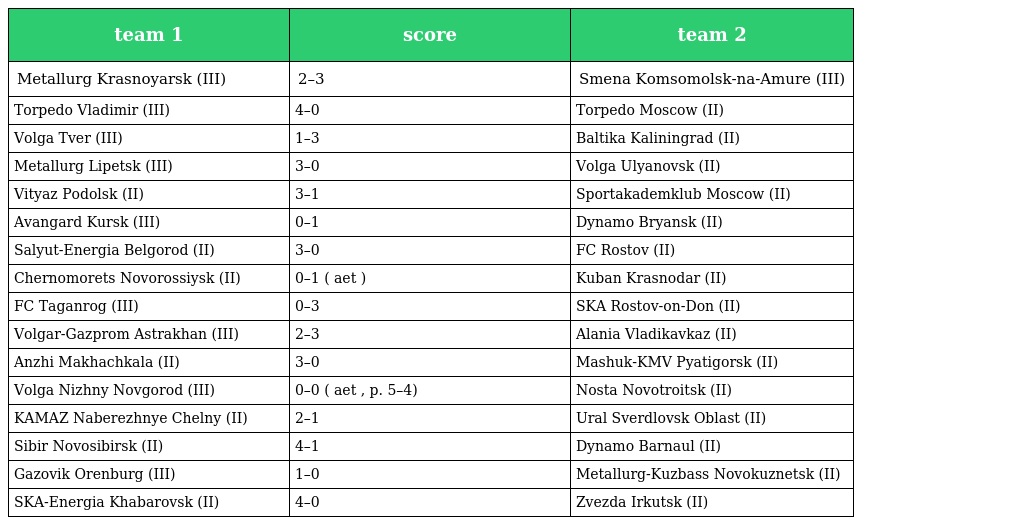
| team 1 | score | team 2 |
 | --- | --- | --- |
 | Metallurg Krasnoyarsk (III) | 2–3 | Smena Komsomolsk-na-Amure (III) |
 | Torpedo Vladimir (III) | 4–0 | Torpedo Moscow (II) |
 | Volga Tver (III) | 1–3 | Baltika Kaliningrad (II) |
 | Metallurg Lipetsk (III) | 3–0 | Volga Ulyanovsk (II) |
 | Vityaz Podolsk (II) | 3–1 | Sportakademklub Moscow (II) |
 | Avangard Kursk (III) | 0–1 | Dynamo Bryansk (II) |
 | Salyut-Energia Belgorod (II) | 3–0 | FC Rostov (II) |
 | Chernomorets Novorossiysk (II) | 0–1 ( aet ) | Kuban Krasnodar (II) |
 | FC Taganrog (III) | 0–3 | SKA Rostov-on-Don (II) |
 | Volgar-Gazprom Astrakhan (III) | 2–3 | Alania Vladikavkaz (II) |
 | Anzhi Makhachkala (II) | 3–0 | Mashuk-KMV Pyatigorsk (II) |
 | Volga Nizhny Novgorod (III) | 0–0 ( aet , p. 5–4) | Nosta Novotroitsk (II) |
 | KAMAZ Naberezhnye Chelny (II) | 2–1 | Ural Sverdlovsk Oblast (II) |
 | Sibir Novosibirsk (II) | 4–1 | Dynamo Barnaul (II) |
 | Gazovik Orenburg (III) | 1–0 | Metallurg-Kuzbass Novokuznetsk (II) |
 | SKA-Energia Khabarovsk (II) | 4–0 | Zvezda Irkutsk (II) |